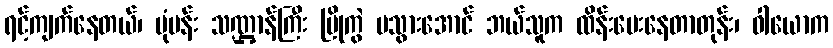
ရင့်ကျက်နေတယ်၊ ပုံပန်း သဏ္ဌာန်ကြီး ပြိုကွဲ မသွားအောင် ဘယ်သူက ထိန်းပေးနေတာတုန်း၊ ဝါယောက